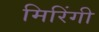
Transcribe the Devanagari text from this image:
मिरिंगी